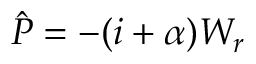
\hat { P } = - ( i + \alpha ) W _ { r }